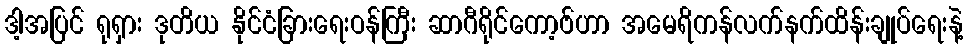
ဒါ့အပြင် ရုရှား ဒုတိယ နိုင်ငံခြားရေးဝန်ကြီး ဆာဂီရိုင်ကော့ဗ်ဟာ အမေရိကန်လက်နက်ထိန်းချုပ်ရေးနဲ့